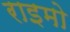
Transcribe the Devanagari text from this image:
राइमो